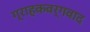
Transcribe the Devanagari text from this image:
ग्राहकवर्गवाद